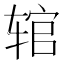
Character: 𫐑